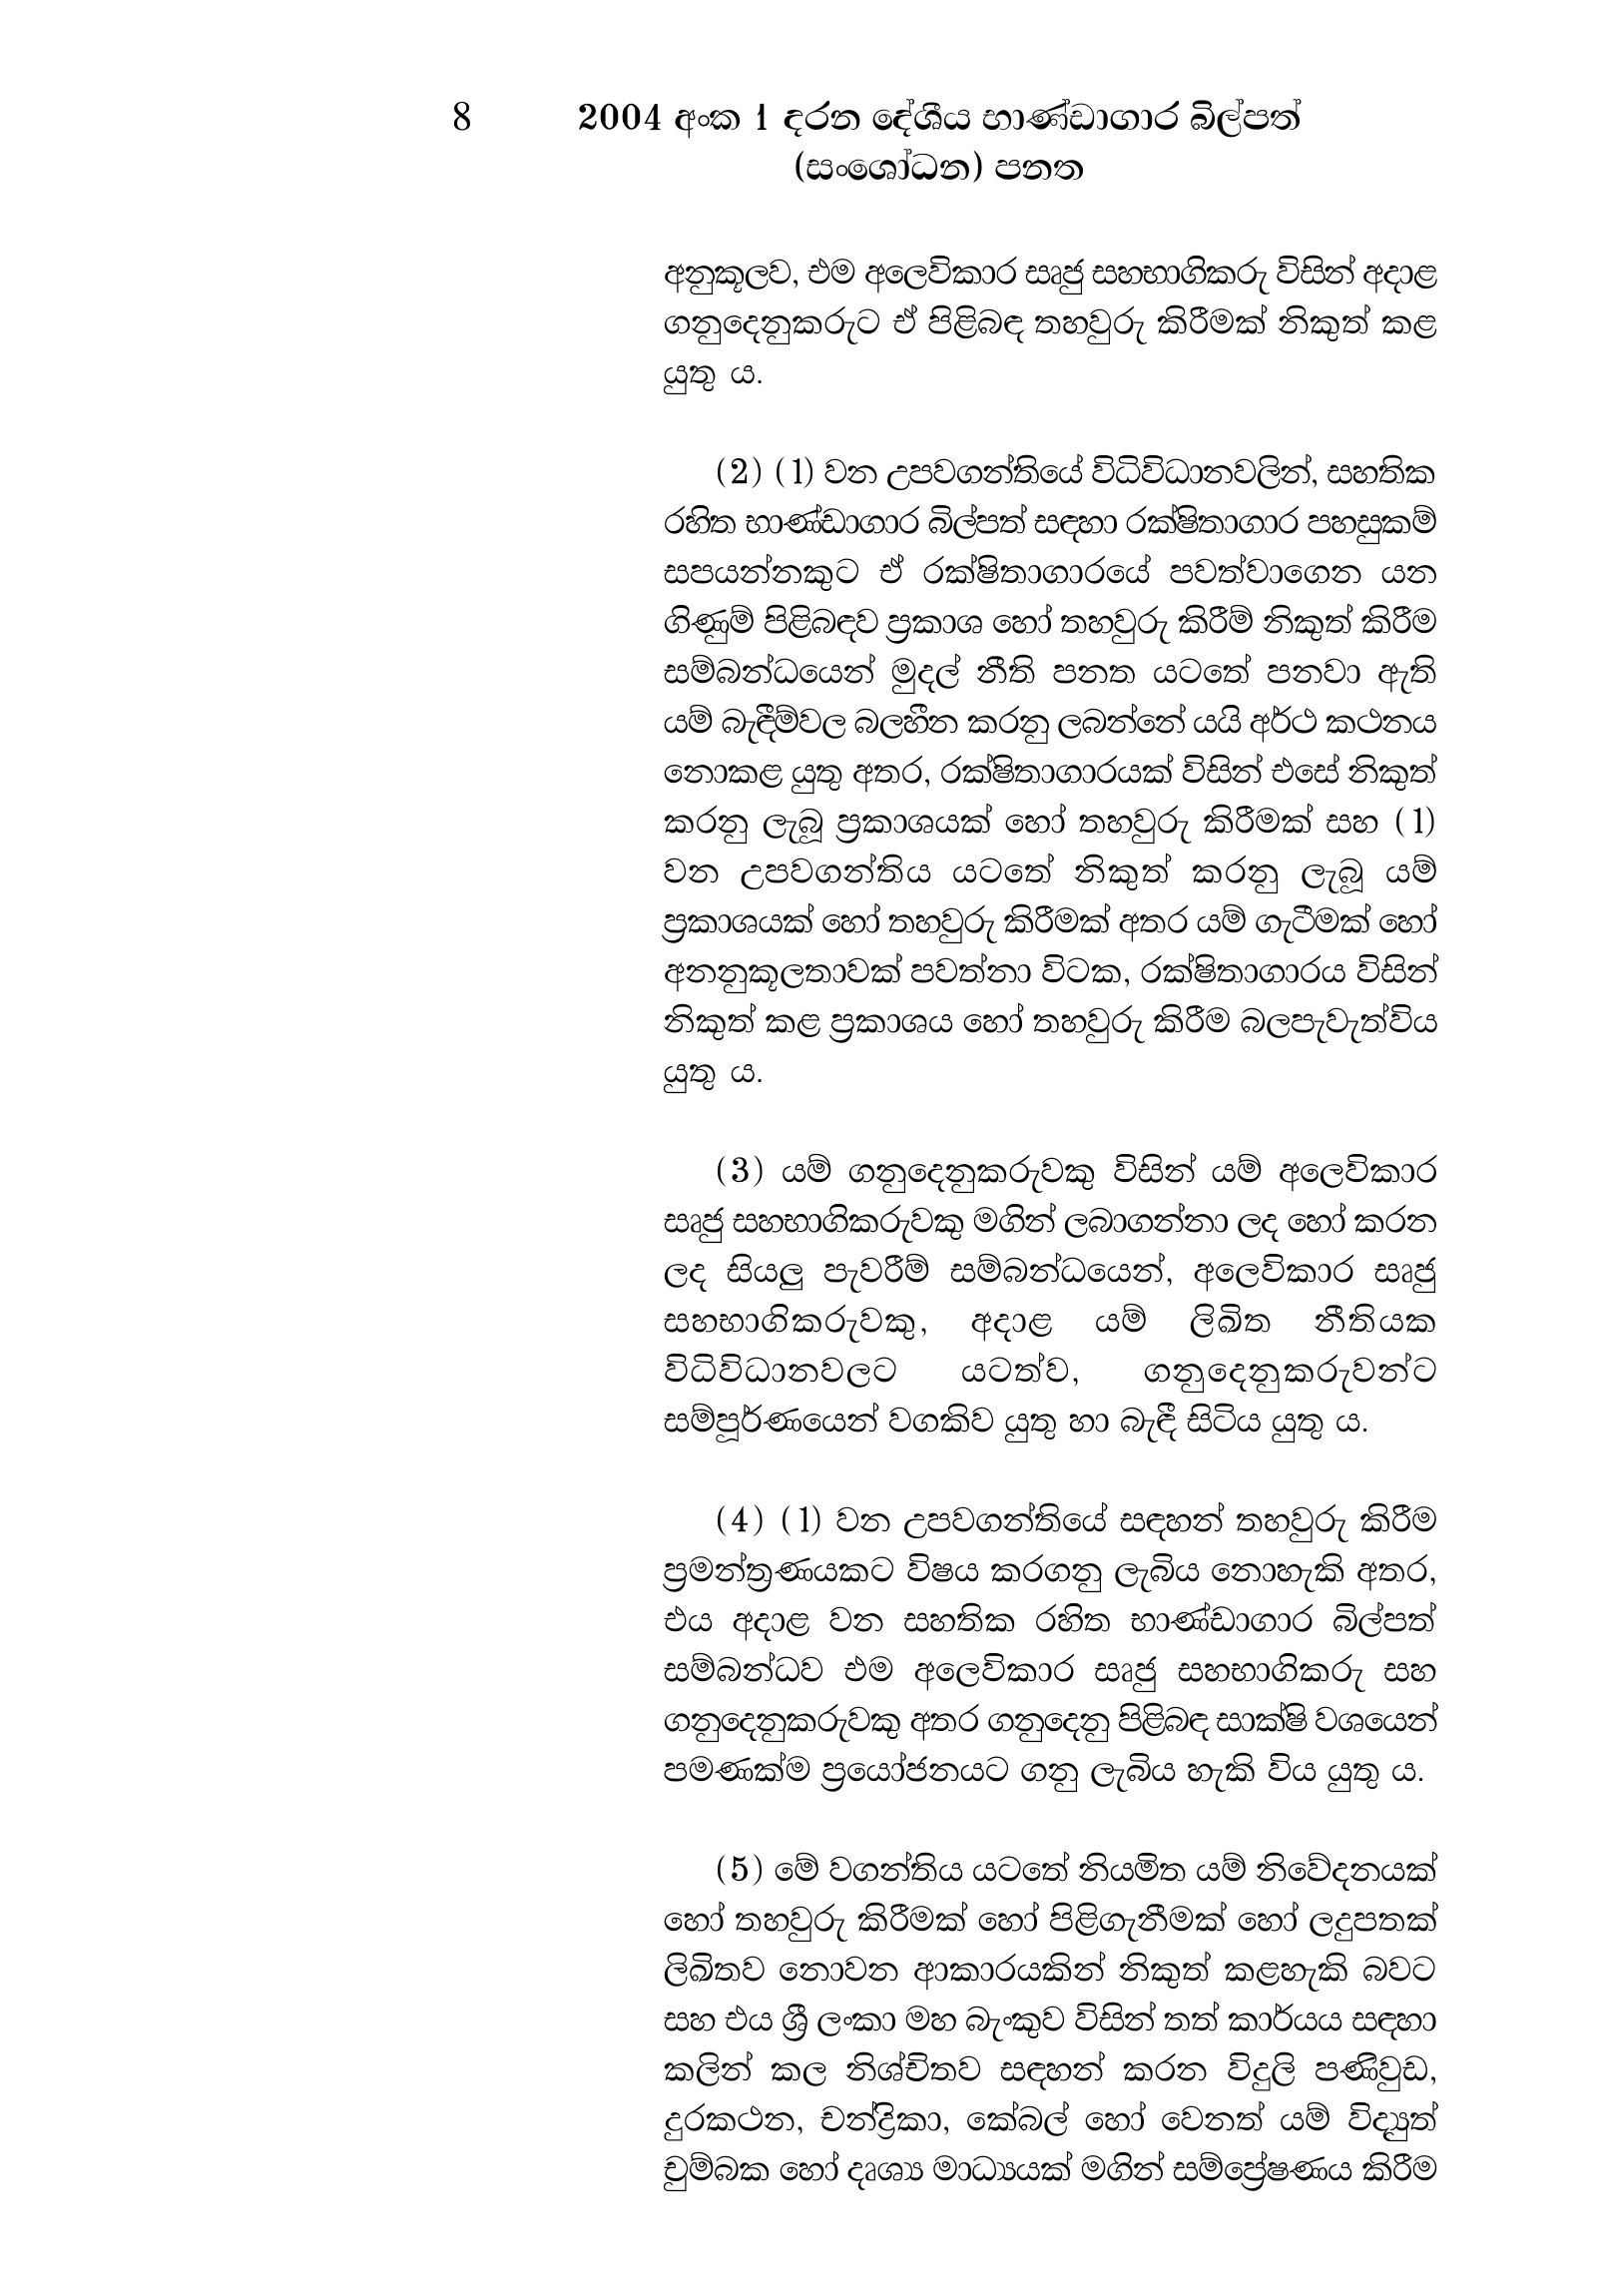
8 2004 අංක 1 දරන දේශීය භාණ්ඩාගාර බිල්පත්
(සංශෝධන) පනත

අනුකූලව, එම අලෙවිකාර සෘජු සහභාගිකරු විසින් අදාළ
ගනුදෙනුකරුට ඒ පිළිබඳ තහවුරු කිරීමක් නිකුත් කළ
යුතු ය.

(2) (1) වන උපවගන්තියේ විධිවිධානවලින්, සහතික
රහිත භාණ්ඩාගාර බිල්පත් සඳහා රක්ෂිතාගාර පහසුකම්
සපයන්නකුට ඒ රක්ෂිතාගාරයේ පවත්වාගෙන යන
ගිණුම් පිළිබඳව ප්‍රකාශ හෝ තහවුරු කිරීම් නිකුත් කිරීම
සම්බන්ධයෙන් මුදල් නීති පනත යටතේ පනවා ඇති
යම් බැඳීම්වල බලහීන කරනු ලබන්නේ යයි අර්ථ කථනය
නොකළ යුතු අතර, රක්ෂිතාගාරයක් විසින් එසේ නිකුත්
කරනු ලැබූ ප්‍රකාශයක් හෝ තහවුරු කිරීමක් සහ (1)
වන උපවගන්තිය යටතේ නිකුත් කරනු ලැබූ යම්
ප්‍රකාශයක් හෝ තහවුරු කිරීමක් අතර යම් ගැටීමක් හෝ
අනනුකූලතාවක් පවත්නා විටක, රක්ෂිතාගාරය විසින්
නිකුත් කළ ප්‍රකාශය හෝ තහවුරු කිරීම බලපැවැත්විය
යුතු ය.

(3) යම් ගනුදෙනුකරුවකු විසින් යම් අලෙවිකාර
සෘජු සහභාගිකරුවකු මගින් ලබාගන්නා ලද හෝ කරන
ලද සියලු පැවරීම් සම්බන්ධයෙන්, අලෙවිකාර සෘජු
සහභාගිකරුවකු, අදාළ යම් ලිඛිත නීතියක
විධිවිධානවලට යටත්ව, ගනුදෙනුකරුවන්ට
සම්පූර්ණයෙන් වගකිව යුතු හා බැඳී සිටිය යුතු ය.

(4) (1) වන උපවගන්තියේ සඳහන් තහවුරු කිරීම
ප්‍රමන්ත්‍රණයකට විෂය කරගනු ලැබිය නොහැකි අතර,
එය අදාළ වන සහතික රහිත භාණ්ඩාගාර බිල්පත්
සම්බන්ධව එම අලෙවිකාර සෘජු සහභාගිකරු සහ
ගනුදෙනුකරුවකු අතර ගනුදෙනු පිළිබඳ සාක්ෂි වශයෙන්
පමණක්ම ප්‍රයෝජනයට ගනු ලැබිය හැකි විය යුතු ය.

(5) මේ වගන්තිය යටතේ නියමිත යම් නිවේදනයක්
හෝ තහවුරු කිරීමක් හෝ පිළිගැනීමක් හෝ ලදුපතක්
ලිඛිතව නොවන ආකාරයකින් නිකුත් කළහැකි බවට
සහ එය ශ්‍රී ලංකා මහ බැංකුව විසින් තත් කාර්යය සඳහා
කලින් කල නිශ්චිතව සඳහන් කරන විදුලි පණිවුඩ,
දුරකථන, චන්ද්‍රිකා, කේබල් හෝ වෙනත් යම් විද්‍යුත්
චුම්බක හෝ දෘශ්‍ය මාධ්‍යයක් මගින් සම්ප්‍රේෂණය කිරීම